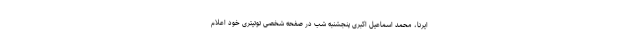
ایرنا، محمد اسماعیل اکبری پنجشنبه شب در صفحه شخصی توتیتری خود اعلام